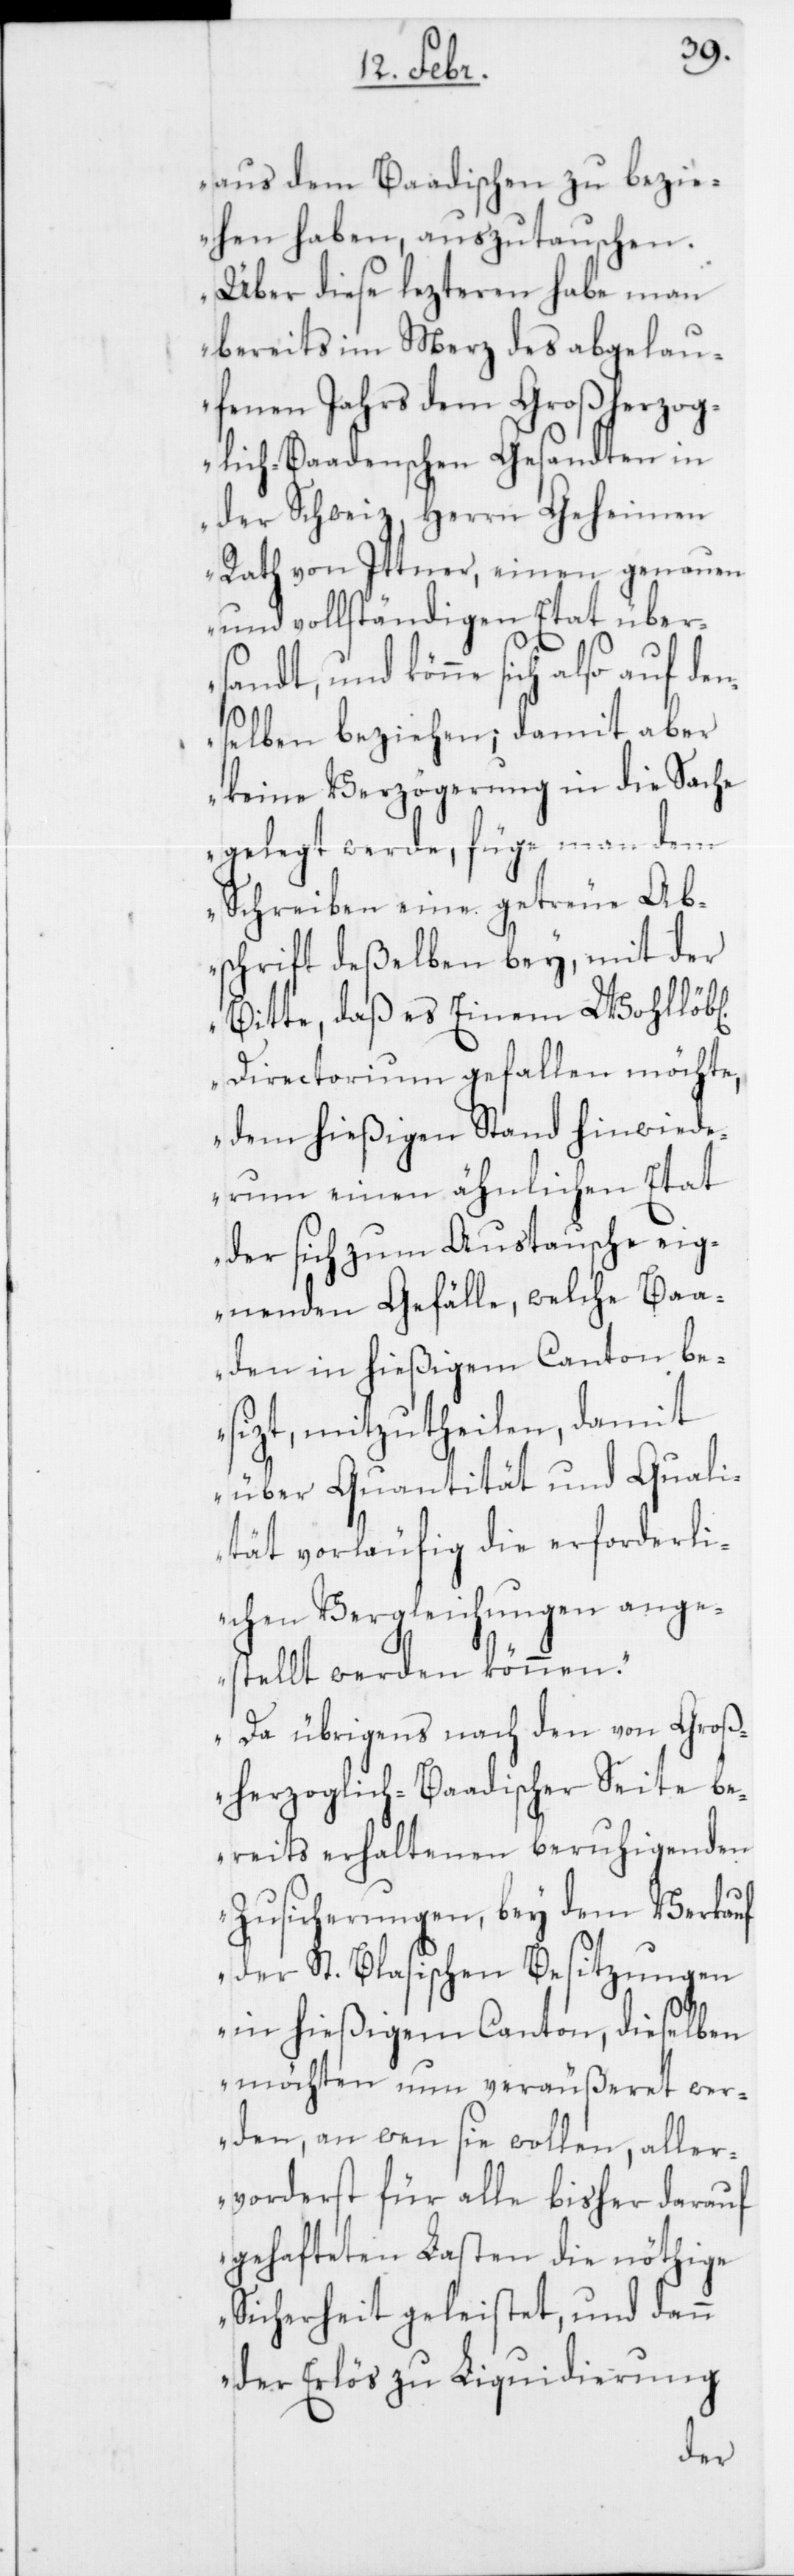
aus dem Baadischen zu bezi¬
ehen haben, auszutauschen.
Über diese lezteren habe man
bereits im Merz des abgelau¬
fenen Jahrs dem Großherzog¬
lich-Baadenschen Gesandten in
der Schweiz, Herrn Geheimen
Rath von Ittner, einen genauen
und vollständigen Etat über¬
sandt, und könne sich also auf de¬
ichen
elben beziehen; damit aber
keine Verzögerung in die Sache
gelegt werde, füge man dem
Schreiben eine getreue Ab¬
schrift deßelben bey, mit der
Bitte, daß es Einem Wohllöbl¬
Directorium gefallen möchte,
dem hießigen Stand hinwiede¬
rum einen ähnlichen Etat
der sich zum Austausche eig¬
nenden Gefälle, welche Baa¬
den in hießigem Canton be¬
sizt, mitzutheilen, damit
über Quantität und Quali¬
tät vorläufig die erforderli¬
chen Vergleichungen ange¬
stellt werden können.
Da übrigens nach den von Groß¬
herzoglich-Baadischer Seite be¬
reits erhaltenen beruhigenden
Zusicherungen, bey dem Verkauf
der St. Blasischen Besitzungen
in hießigem Canton, dieselben
möchten nun veräußeret wer¬
den, an wen sie wollen, aller¬
vorderst für alle bisher darauf
gehafteten Lasten die nöthige
Sicherheit geleistet, und dann
der Erlös zu Liquidierung